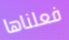
فعلناها